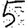
Digit: 5